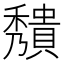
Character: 𥣧